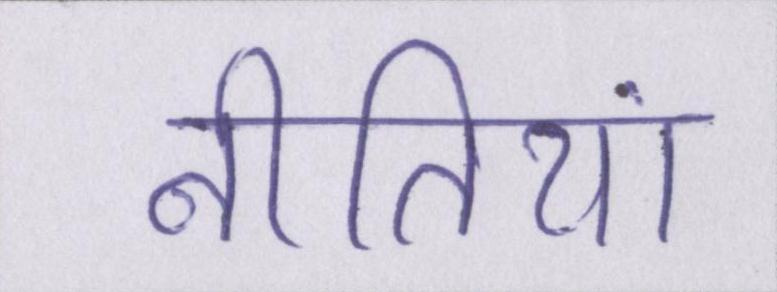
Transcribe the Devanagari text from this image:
नीतियां